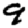
Digit: 9